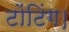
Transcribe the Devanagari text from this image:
टोंटिंग।